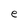
Character: e